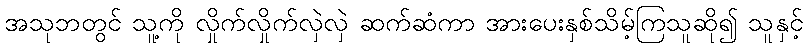
အသုဘတွင် သူ့ကို လှိုက်လှိုက်လှဲလှဲ ဆက်ဆံကာ အားပေးနှစ်သိမ့်ကြသူဆို၍ သူနှင့်